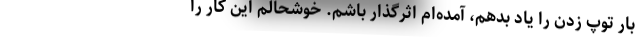
بار توپ زدن را یاد بدهم، آمده‌‌ام اثرگذار باشم. خوشحالم این کار را